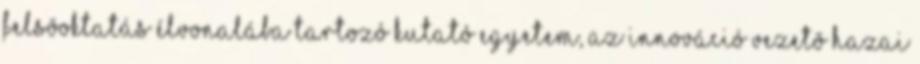
felsõoktatás élvonalába tartozó kutató egyetem, az innováció vezetõ hazai